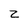
Character: Z